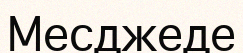
Месджеде